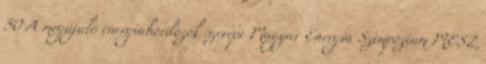
50 A megújuló energiahordozók szerepe Magyar Energia Szimpózium MESZ